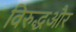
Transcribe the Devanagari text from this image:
विरुद्धऔर